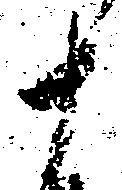
十